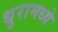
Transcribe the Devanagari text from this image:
धुरामध्ये